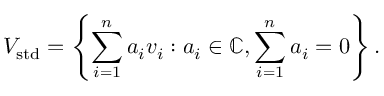
V _ { \mathrm { s t d } } = \left\{ \sum _ { i = 1 } ^ { n } a _ { i } v _ { i } : a _ { i } \in \mathbb { C } , \sum _ { i = 1 } ^ { n } a _ { i } = 0 \right\} .